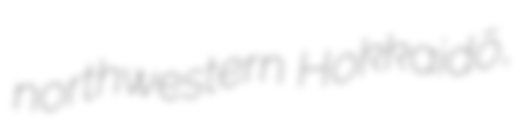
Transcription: northwestern Hokkaidō,